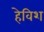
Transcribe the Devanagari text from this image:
हेविश